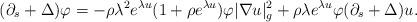
LaTeX: \begin{align*}(\partial_s+\Delta)\varphi=-\rho\lambda^2 e^{\lambda u}(1+\rho e^{\lambda u})\varphi |\nabla u|_g^2+\rho\lambda e^{\lambda u}\varphi(\partial_s+\Delta)u.\end{align*}